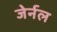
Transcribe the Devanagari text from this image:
जेर्नल